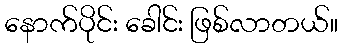
နောက်ပိုင်း ခေါင်း ဖြစ်လာတယ်။